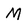
Character: M